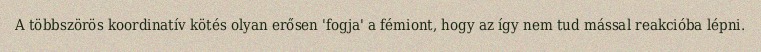
A többszörös koordinatív kötés olyan erősen 'fogja' a fémiont, hogy az így nem tud mással reakcióba lépni.